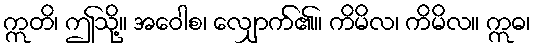
ဣတိ၊ ဤသို့။ အဝေါစ၊ လျှောက်၏။ ကိမိလ၊ ကိမိလ။ ဣဓ၊